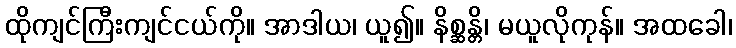
ထိုကျင်ကြီးကျင်ငယ်ကို။ အာဒါယ၊ ယူ၍။ နိစ္ဆန္တိ၊ မယူလိုကုန်။ အထခေါ၊